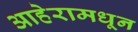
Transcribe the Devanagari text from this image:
आहेरामधून